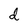
Character: d